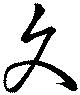
文